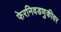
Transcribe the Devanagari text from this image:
फेरनिवडणुकीवर